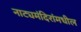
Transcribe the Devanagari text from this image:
नाट्यमंदिरांमधील